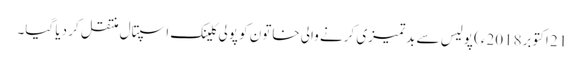
21 اکتوبر2018ء) پولیس سے بدتمیزی کرنے والی خاتون کو پولی کلینک اسپتال منتقل کر دیا گیا۔